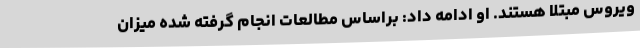
ویروس مبتلا هستند. او ادامه داد: براساس مطالعات انجام گرفته شده میزان